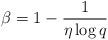
LaTeX: \begin{align*}\beta = 1 - \frac{1}{\eta \log q}\end{align*}